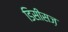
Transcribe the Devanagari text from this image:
डिसीसज़